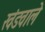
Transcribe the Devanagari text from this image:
खंडवाले